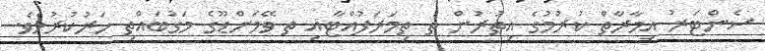
ސެންޓަރު އިމާރާތް ކުރުމުގެ އިތުރުން ތ ތިމަރަފުއްޓާއި ތ ވޭމަންޑޫގެ މަގުބައްތި ހަރުކުރުމެވެ.